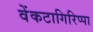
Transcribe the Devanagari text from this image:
वेंकटागिरिप्पा